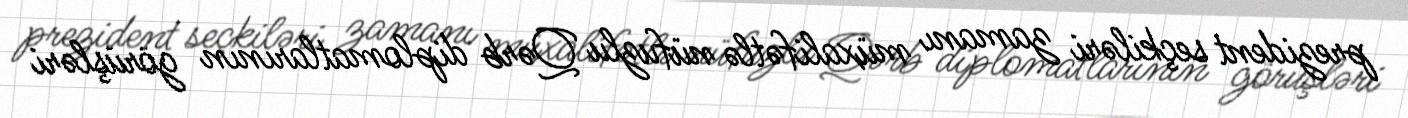
prezident seçkiləri zamanı müxalifətlə nüfuzlu Qərb diplomatlarının görüşləri